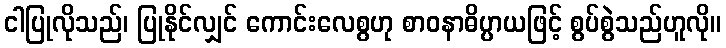
ငါပြုလိုသည်၊ ပြုနိုင်လျှင် ကောင်းလေစွဟု စာဝနာဓိပ္ပာယဖြင့် စွပ်စွဲသည်ဟူလို။